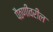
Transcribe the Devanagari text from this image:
पैठणीवरील